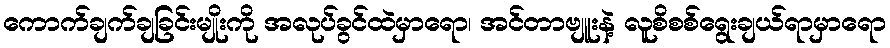
ကောက်ချက်ချခြင်းမျိုးကို အလုပ်ခွင်ထဲမှာရော၊ အင်တာဗျူးနဲ့ လူစိစစ်ရွေးချယ်ရာမှာရော